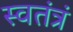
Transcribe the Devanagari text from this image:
स्वतंत्रं